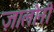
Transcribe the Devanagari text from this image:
ज़ालोनी